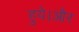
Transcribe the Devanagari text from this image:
हुये।और